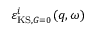
\varepsilon _ { \mathrm { K S } , G = 0 } ^ { i } ( q , \omega )